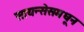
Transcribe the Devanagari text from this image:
सायन्सेसमधून